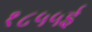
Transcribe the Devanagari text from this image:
१८५५ई